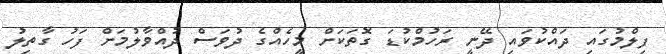
ފިލްމުގައި ދައްކުވައި ދޭނީ ރަހުމްކުޑަ ގޮތަކަށް މީހެއްގެ ދުވަސް ދުއްވާލުމަށް ފަހު ގާތިލު